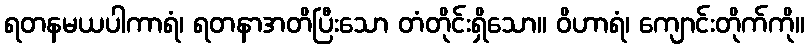
ရတနမယပါကာရံ၊ ရတနာအတိပြီးသော တံတိုင်းရှိသော။ ဝိဟာရံ၊ ကျောင်းတိုက်ကို။